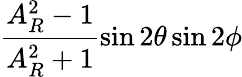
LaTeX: \frac{A_{R}^{2}-1}{A_{R}^{2}+1}\sin{2\theta}\sin{2\phi}